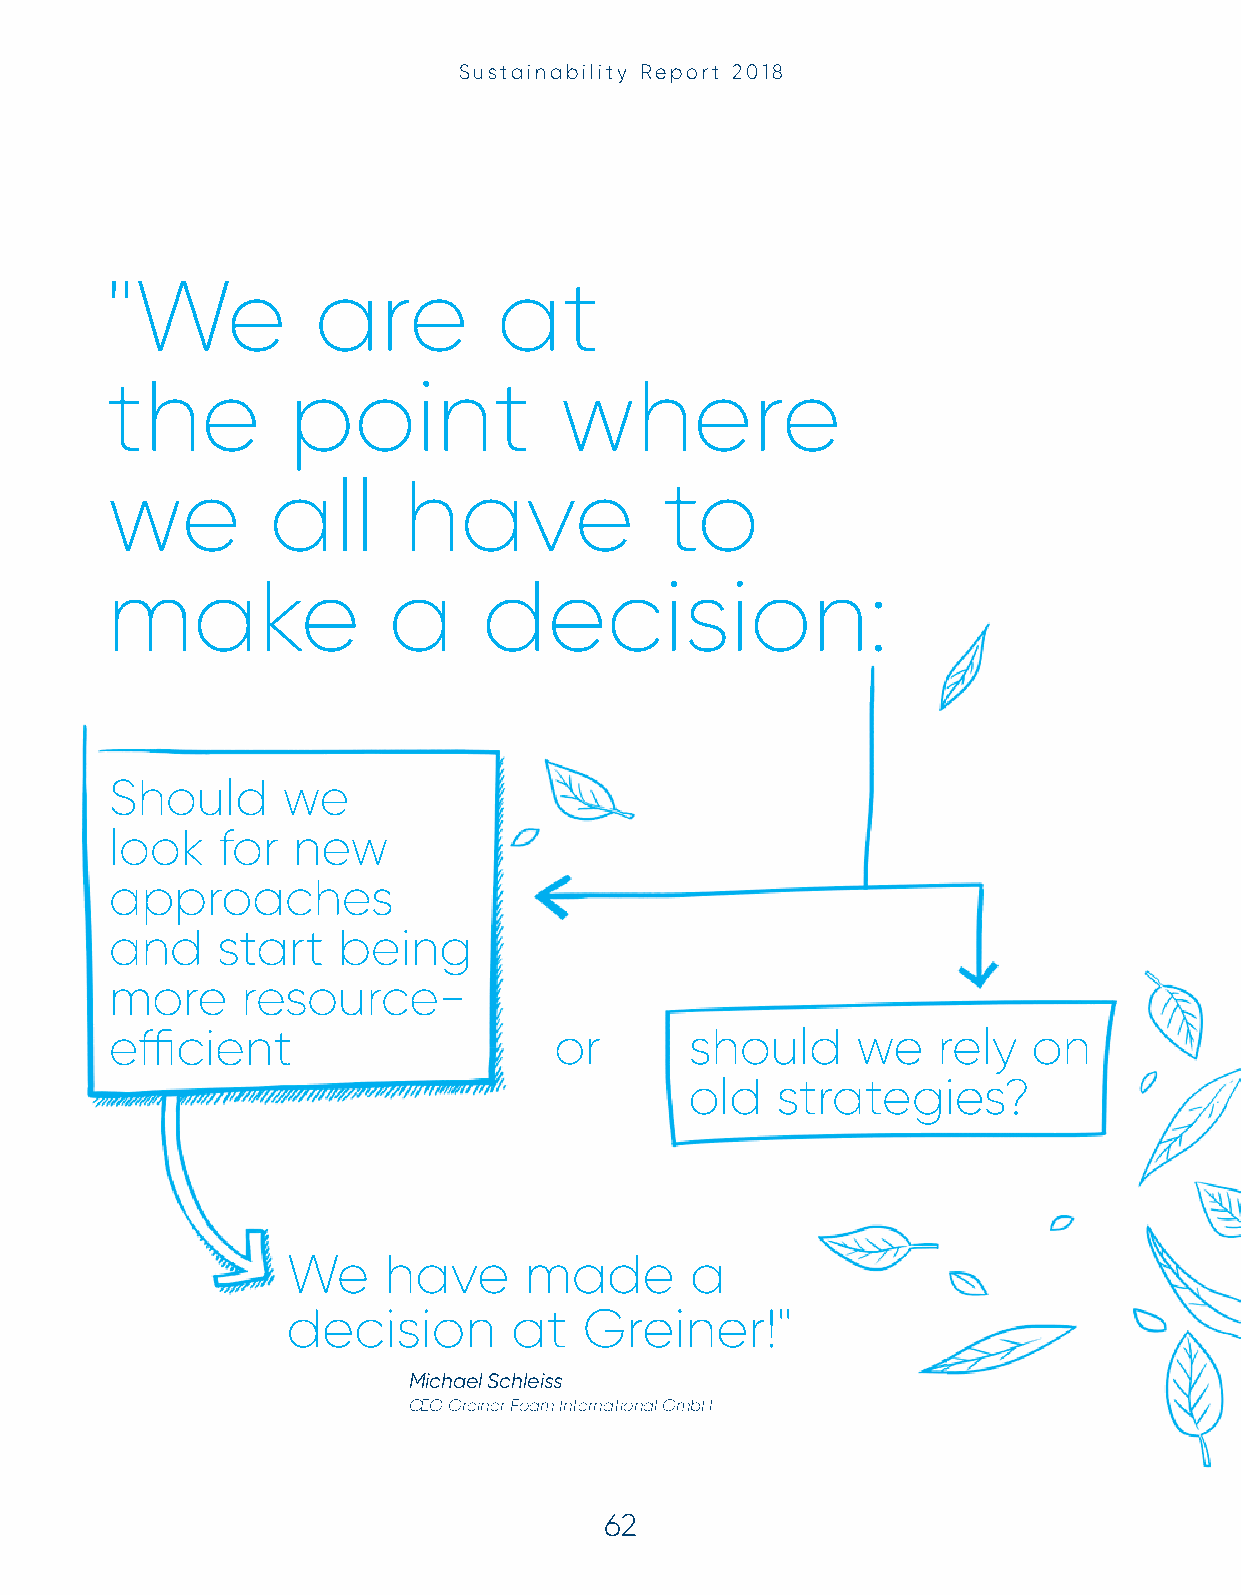
Sustainability Report 2018
 "We           are         at
 the         point             where
 we         all      have             to
 make               a     decision:
 Should      we
 look   for  new
 approaches
 and    start   being
 more     resource-
 effi cient                    or       should     we   rely  on
 old  strategies?
 We    have      made       a
 decision       at   Greiner!"
 Michael Schleiss
 CEO Greiner Foam International GmbH
 6622